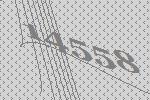
14558